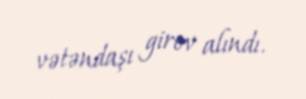
vətəndaşı girov alındı.